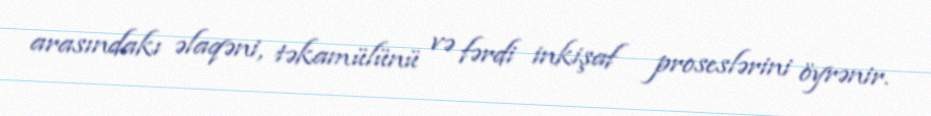
arasındakı əlaqəni, təkamülünü və fərdi inkişaf proseslərini öyrənir.